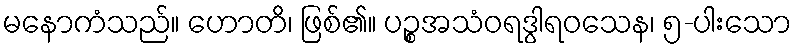
မနောကံသည်။ ဟောတိ၊ ဖြစ်၏။ ပဉ္စအသံဝရဒွါရဝသေန၊ ၅-ပါးသော